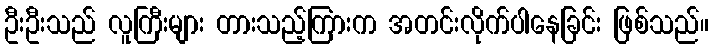
ဦးဦးသည် လူကြီးများ တားသည့်ကြားက အတင်းလိုက်ပါနေခြင်း ဖြစ်သည်။